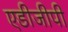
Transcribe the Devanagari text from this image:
एडीजीपी